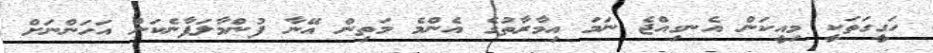
ހަގީގަތަކީ މިއީކަން އެނގިއްޖެ ނަމަ އިމާރާތުގެ އެންމެ މަތިން އޭނާ ފުންމާލަފާނެކަން އަހަންނަށް